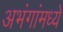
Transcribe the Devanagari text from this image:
अभंगांमध्ये